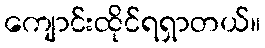
ကျောင်းထိုင်ရရှာတယ်။